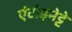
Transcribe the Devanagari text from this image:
एंटोइनेट्टे